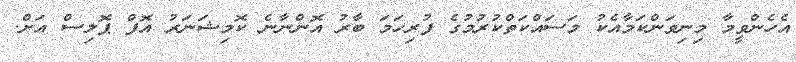
އެހެންވީމާ މިނިވަންކަމާއެކު މަސައްކަތްކުރުމުގެ ފުރިހަމަ ބާރު އޮންނާނެ ކޮމިޝަނަރު އޮފް ޕޮލިސް އަށް.